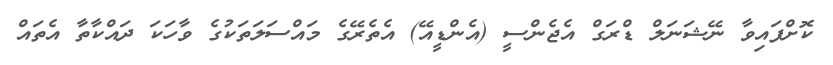
ކޮށްފައިވާ ނޭޝަނަލް ޑްރަގް އެޖެންސީ (އެންޑީއޭ) އެތެރޭގެ މައްސަލަތަކުގެ ވާހަކަ ދައްކާތާ އެތައް